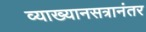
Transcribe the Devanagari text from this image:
व्याख्यानसत्रानंतर